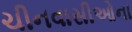
ચીનવાસીઓના